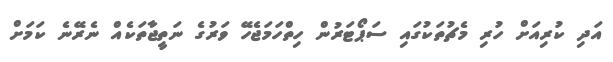
އަދި ކުރިއަށް ހުރި މެޗުތަކުގައި ސަޕޯޓަރުން ހިތްހަމަޖެހޭ ވަރުގެ ނަތީޖާތަކެއް ނެރޭނެ ކަމަށް